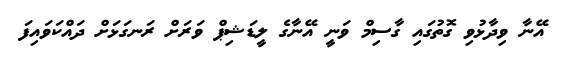
އޭނާ ވިދާޅުވި ގޮތުގައި ގާސިމް ވަނީ އޭނާގެ ލީޑަޝިޕް ވަރަށް ރަނގަޅަށް ދައްކަވައިފަ